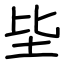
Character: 坒